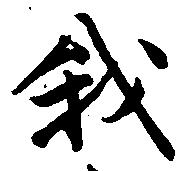
我